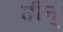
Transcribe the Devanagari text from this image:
तीन्